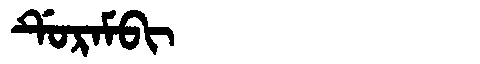
Manchu: ᡩᡠᡵᠠᠮᠪᡳ
Romanization: DURAMBI